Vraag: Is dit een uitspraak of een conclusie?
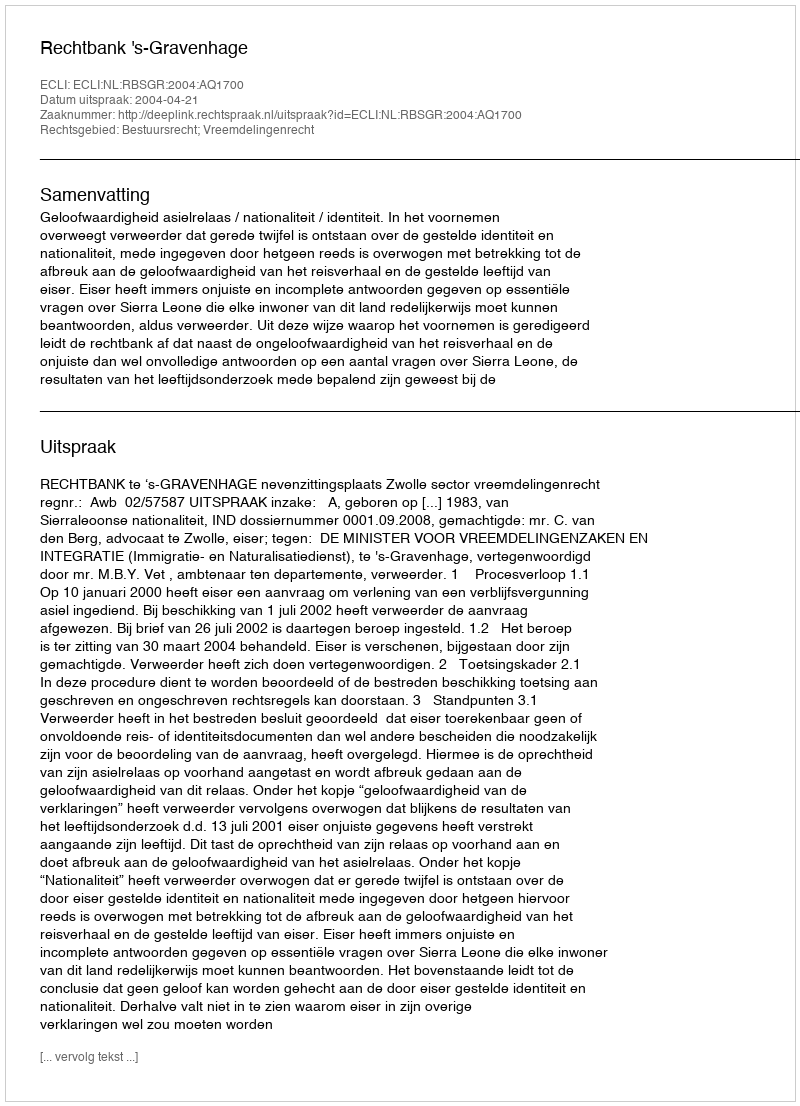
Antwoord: Uitspraak